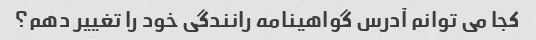
کجا می توانم آدرس گواهینامه رانندگی خود را تغییر دهم؟